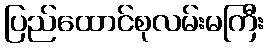
ပြည်ထောင်စုလမ်းမကြီး